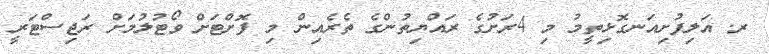
ރ. އަލިފުށިއަނގޮޅިތީމު މި 4ރަށުގެ ރައްޔިތުންގެ ތެރެއިން މި ފޮށްޓަށް ވޯޓުލުމަށް ރަޖިސްޓަރީ